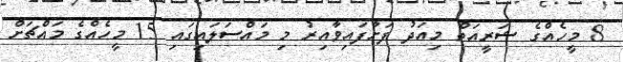
8 މީހެއްގެ ޝަރީއަތް މިއަދު ފަށާފައިވާއިރު މި މައްސަލައިގައި 15 މީހެއްގެ މައްޗަށް